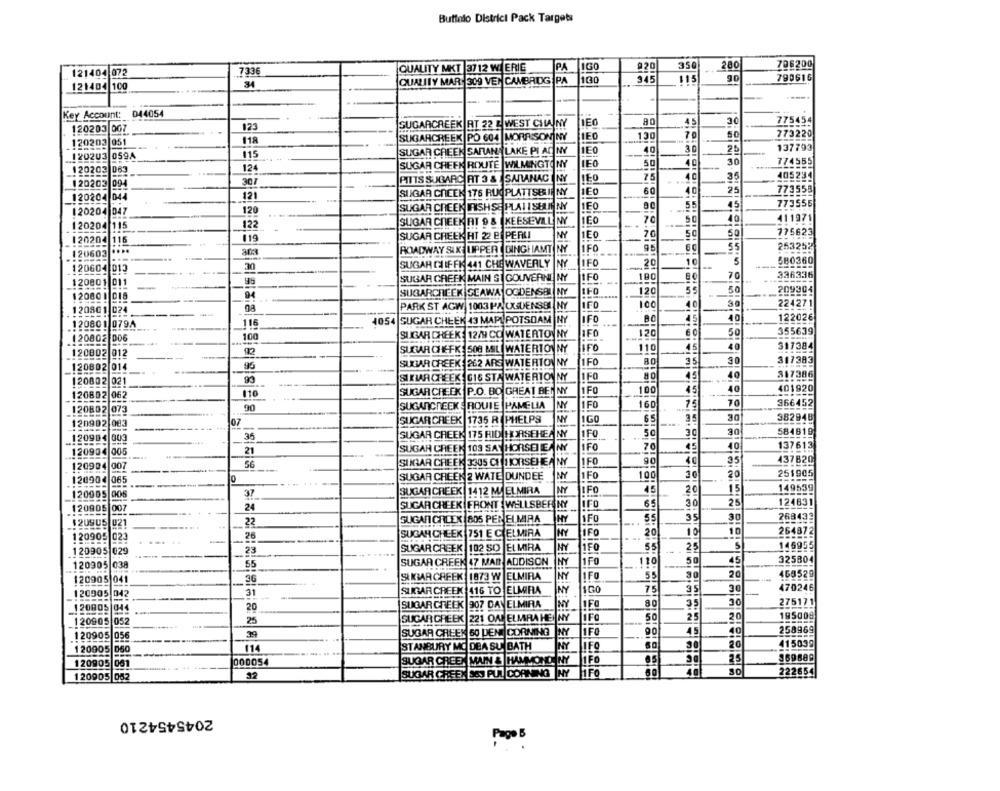
Buffalo Districi Pack Targets
350
706200
7336
QUALITY MKT 3712 WI ERIE
PA
1GO
920
280
121404 072
QUALITY MAR: 309 VEN CAMBRIDG
PA
100
345
115
90
790616
121404 100
34
Key Account:
D44054
30
123
SUGARCREEK RT 22 L WEST CHANY
IEC
80
.45
775454
120203 007
7
50
773220
120203 051
118
SUGARCREEK PO 604 MORRISON NY
IEO
130
SUGAR CREEK SARAN, LAKE PI AD NY
1E0
40
30
25
137793
120203 0594
115
SUGAR CREEK ROUTE |WILMINGTONY
IEO
50
40
30
774555
120202 063
124
307
PITTS SUGARC AT 3 & SARANAC INY
IEO
75
4 c
35
405234
120203 094
IEO
60
40
25
773558
120204 044
121
SUGAR CREEK 176 RUGPLATTSBUIE NY
-
1E0
55
45
773555
120204 047
120
SUGAR CREEK IRISH SE PLAI I SHUINNY
SUGAR CHEEK AT 9 & KEESEVILL
NY
160
5C
40
411971
120204 115
122
119
SUGAR CHEEK HT 22 BI PERLI
NY
1E0
70
50
50
775623
120204 116
55
253252
120603
203
ROADWAY SUK LIPPERT DINGHAMT
NY
1FO
10
5
580360
120604 013
30
SUGAR GULF FIS 441 CHE WAVERLY
NY
IFO
20
SUGAR CHEEN MAIN SI GOUVERNE NY
180
70
336336
120801 011
JIFO
SUGARCREEK SEAWA OGDENSBL
NY
IF0
120
50
209304
12080 1 018
94
120801 024
PARK ST AGW 1003 PA UGENS !!
IFO
100
40
30
224271
40
122026
116
1054
SUGAR CHEEK 43 MAPIPOTSDAM
NY
IFO
B
45
120801 0794
IFD
120
50
355639
120802 006
100
SUGAR CHEEK: 12/9 CO WATERTON NY
IFO
110
40
317384
120802 012
92
SUGAR CHE-FK 508 MAIL WATERTON NY
95
SUGAR
EEK
262 ARE WATERTONNY
1FO
30
317383
_120802 014
SIKLAR CREEK
G16 STA WATERTON NY
1FO
80
40
817386
120802 021
40
401920
120802 062
110
SUGAR CREEK
P.O. BO GREAT BED NY
1FO
100
NY
1F0
160
75
70
366452
120802 073
90
SUGANCHEEN
ROUIE PAMELIA
SUGAR CREEK 1735 R PHELPS
NY
65
35
30
38294B
120902 083
07
SUGAR CREEK 175 RID HORSEHEA NY
1FO
50
30
30
584819
120904 009
35
21
SUGAR CREEK 103 SAY HORSELEANY
IFO
70
45
40
137613
120904 005
35
437820
120904
007
56
SUMAR CREEK 3305 CH HORSEHEA NY
1FO
SUGAR CHEEK 2 WATE DUNDEE
NY
1FO
100
30
20
251905
120904 065
0
1412 MJELMIRA
NY
:FO
45
20
15
149539
_120905 006
37
SUGAR CREEK
24
SUGAR CREEK FRONT WELLSBER NY
IFO
65
30
25
124831
120905 007
22
SUGAN CRLEX 805 PER ELMIRA
HY
1FO
35
30
268433
20
10
264872
120905 029
26
SUGAR CHEEK 751 E C ELMIRA
MY
LIFO
10
1F0
55
25
5
145955
120905 029
25
SUGAR CREEK 102 SO |EL MIRA
HY
SUGAR CREEK 47 MAI ADDISON
HY
1FO
110
50
45
325804
120905
55
SAKMARCAFEK 1873 W
ELMIRA
NY
55
30
20
456529
120905 041
36
120905 042
31
SUGAR CREEK 416 TO ELMIRA
NY
1G0
7
30
470246
30
275171
120805 044
20
SUGAR CREEK
207 DAYELMIRA
NY
IFO
80
35
SUGAR CREEK 221 OM ELMRA HE NY
50
25
20
195009
120905 052
25
39
SUGAR CREEK 50 DEN CORNING
IFO
90
45
40
258969
120905 056
120905 060
114
STANBURY MO DEA SU BATH
NY
JIFO
30
415039
85
369889
120905 061
000054
SUGAR CREEN MAIN & HAMMOND NY
FO
40
222654
120905 052
SUGAR
FEN SEJ PUL CORNING NY
2045454210
Pago B